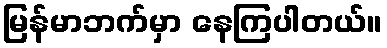
မြန်မာဘက်မှာ နေကြပါတယ်။